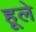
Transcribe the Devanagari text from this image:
हूले